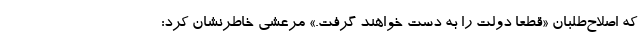
که اصلاح‌طلبان «قطعا دولت را به دست خواهند گرفت.» مرعشی خاطرنشان کرد: